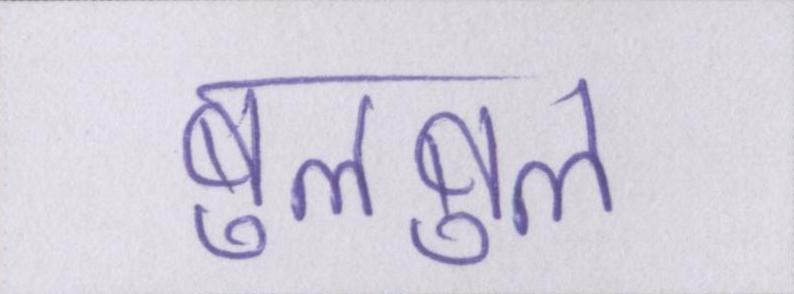
बुलबुल